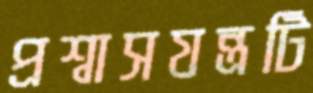
প্রশ্বাসযন্ত্রটি